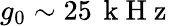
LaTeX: g_{0}\sim 25\, \mathrm{~k~H~z~}